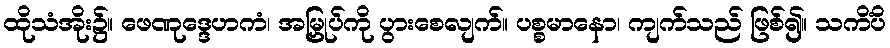
ထိုသံအိုး၌။ ဖေဏုဒ္ဒေဟကံ၊ အမြှုပ်ကို ပွားစေလျက်။ ပစ္စမာနော၊ ကျက်သည် ဖြစ်၍။ သကိံပိ